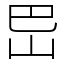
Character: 岊